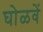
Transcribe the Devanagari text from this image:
घोळवें